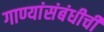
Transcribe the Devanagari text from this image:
गाण्यांसंबंधीची